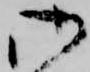
御